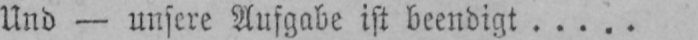
Und - unsere Aufgabe ist beendigt.....